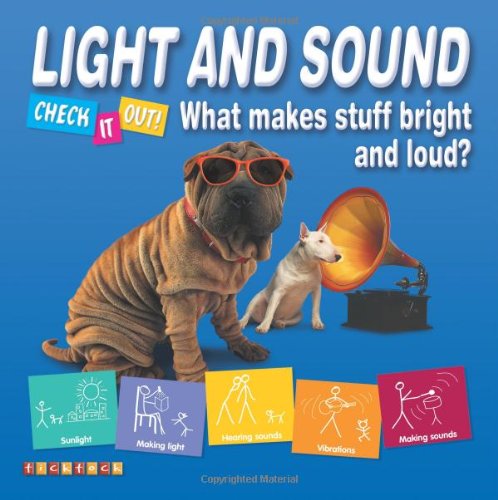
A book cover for Light and Sound: What Makes Stuff Bright and Noisy? (Check It Out); Children's Books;